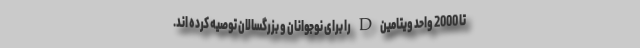
تا 2000 واحد ویتامین D را برای نوجوانان و بزرگسالان توصیه کرده اند.